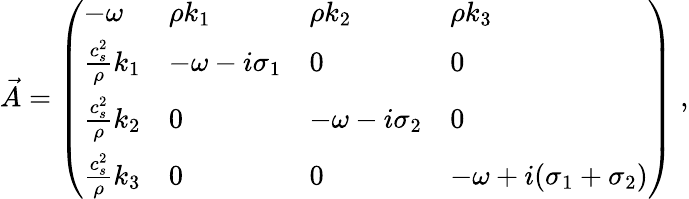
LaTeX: \vec{A}=\left(\begin{array}{llll}{-{\omega}}&{\rho k_{1}}&{\rho k_{2}}&{\rho k_{3}}\\ {\frac{c_{s}^{2}}{\rho}k_{1}}&{-{\omega}-i\sigma_{1}}&{0}&{0}\\ {\frac{c_{s}^{2}}{\rho}k_{2}}&{0}&{-{\omega}-i\sigma_{2}}&{0}\\ {\frac{c_{s}^{2}}{\rho}k_{3}}&{0}&{0}&{-{\omega}+i(\sigma_{1}+\sigma_{2})}\end{array}\right)\; ,